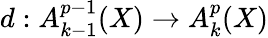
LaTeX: d:A_{k-1}^{p-1}(X)\to A_{k}^{p}(X)